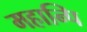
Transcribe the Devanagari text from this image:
महान्पि